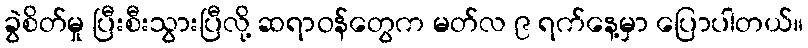
ခွဲစိတ်မှု ပြီးစီးသွားပြီလို့ ဆရာဝန်တွေက မတ်လ ၉ ရက်နေ့မှာ ပြောပါတယ်။